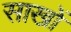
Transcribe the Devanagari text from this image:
साखों